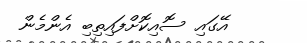
އޭގައި ސޮއިކޮށްފައިތިބި އެންމެން